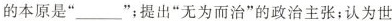
的本原是””；提出”无为而治”的政治主张；认为世